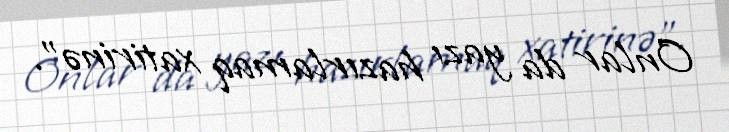
Onlar da yazı hazırlamaq xatirinə”.